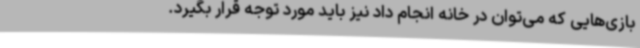
بازی‌هایی که می‌توان در خانه انجام داد نیز باید مورد توجه قرار بگیرد.